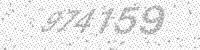
Solution: 974159